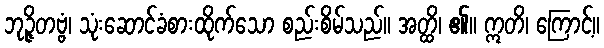
ဘုဉ္ဇိတဗ္ဗံ၊ သုံးဆောင်ခံစားထိုက်သော စည်းစိမ်သည်။ အတ္ထိ၊ ၏။ ဣတိ၊ ကြောင့်။